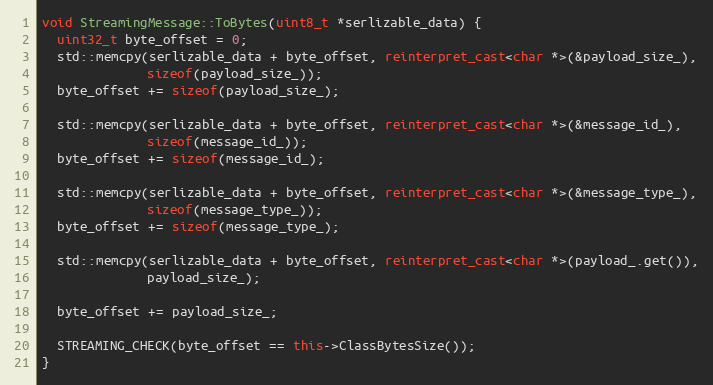
Language: C++
void StreamingMessage::ToBytes(uint8_t *serlizable_data) {
  uint32_t byte_offset = 0;
  std::memcpy(serlizable_data + byte_offset, reinterpret_cast<char *>(&payload_size_),
              sizeof(payload_size_));
  byte_offset += sizeof(payload_size_);

  std::memcpy(serlizable_data + byte_offset, reinterpret_cast<char *>(&message_id_),
              sizeof(message_id_));
  byte_offset += sizeof(message_id_);

  std::memcpy(serlizable_data + byte_offset, reinterpret_cast<char *>(&message_type_),
              sizeof(message_type_));
  byte_offset += sizeof(message_type_);

  std::memcpy(serlizable_data + byte_offset, reinterpret_cast<char *>(payload_.get()),
              payload_size_);

  byte_offset += payload_size_;

  STREAMING_CHECK(byte_offset == this->ClassBytesSize());
}